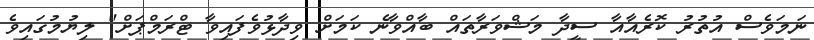
ނަމަވެސް އުތުރު ކޮރެއާއާ ސީދާ މަޝްވަރާތައް ބާއްވާނެ ކަމަށް ވިދާޅުވެފައިވާ ޓްރަމްޕަށް" ލިޔުމުގައިވެ